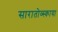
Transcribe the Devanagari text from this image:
सारातोव्स्काया